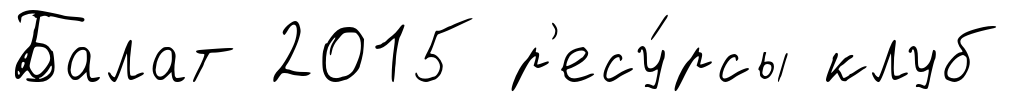
Балат 2015 р'есу́рсы клуб